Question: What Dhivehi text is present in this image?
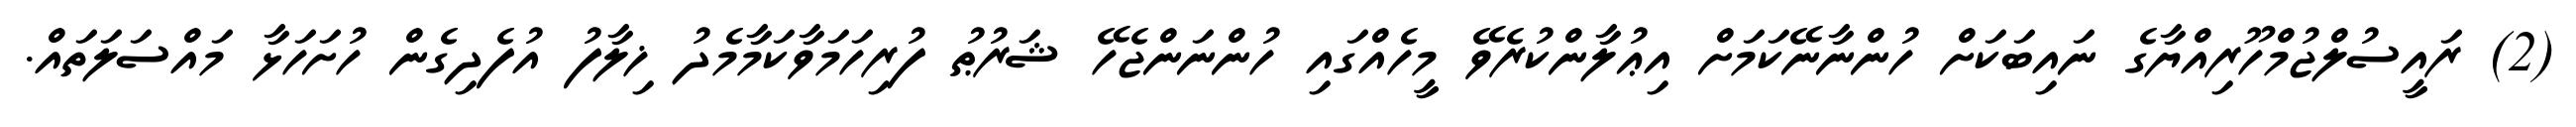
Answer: (2) ރައީސުލްޖުމްހޫރިއްޔާގެ ނައިބަކަށް ހުންނާނޭކަމަށް އިޢުލާންކުރެވޭ މީހެއްގައި ހުންނަންޖެހޭ ޝަރުޠު ފުރިހަމަވާކަމާމެދު ޚިލާފު އުފެދިގެން ހުށަހަޅާ މައްސަލަތައް.